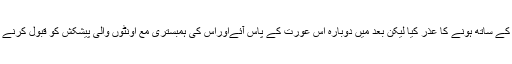
عبداللہ نے اپنے والد کے ساتھ ہونے کا عذر کیا لیکن بعد میں دوبارہ اس عورت کے پاس آئےاوراس کی ہمبستری مع اونٹوں والی پیشکش کو قبول کرنے پر آمادگی ظاہر کی۔